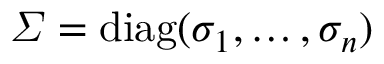
\varSigma = \ensuremath { \mathrm { d i a g } } ( \sigma _ { 1 } , \dots , \sigma _ { n } )